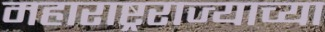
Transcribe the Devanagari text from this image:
महाराष्ट्रराज्याच्या